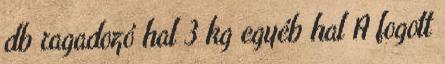
db ragadozó hal 3 kg egyéb hal A fogott